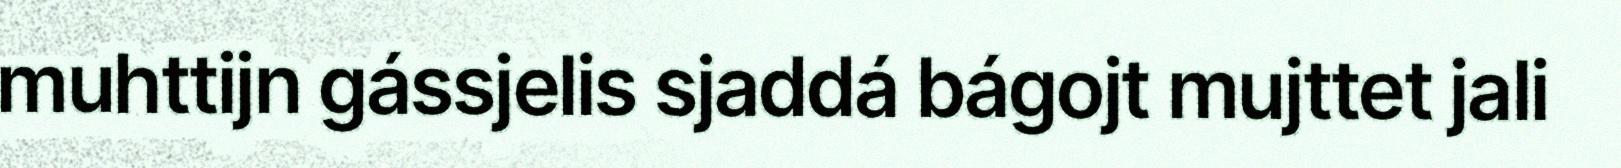
muhttijn gássjelis sjaddá bágojt mujttet jali